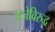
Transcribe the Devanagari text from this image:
प्रजेविरुद्ध